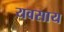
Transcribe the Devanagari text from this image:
यवसाय